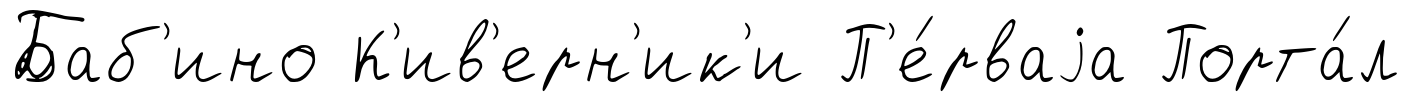
Баб'ино К'ив'ерн'ик'и П'е́рваjа Порта́л